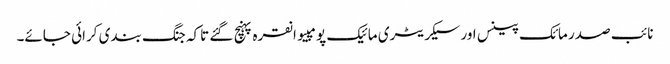
نائب صدر مائک پینس اور سیکریٹری مائیک پومپیو انقرہ پہنچ گئے تاکہ جنگ بندی کرائی جائے۔